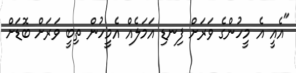
"އެއީ އެ މީހުންގެ ވަރަށް ފިނޑި އަމަލެއް އެމީހުން ތިބީ ވަރަށް ބޮޑަށް